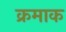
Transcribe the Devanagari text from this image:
क्रमाक